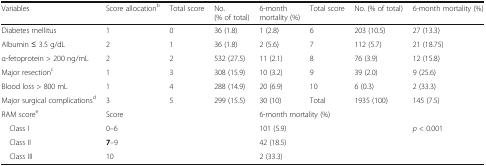
<table><thead><tr><td><b>Variables</b></td><td><b>Score allocation<sup>b</sup></b></td><td><b>Total score</b></td><td><b>No. (% of total)</b></td><td><b>6-month mortality (%)</b></td><td><b>Total score</b></td><td><b>No. (% of total)</b></td><td><b>6-month mortality (%)</b></td></tr></thead><tbody><tr><td>Diabetes mellitus</td><td>1</td><td>0</td><td>36 (1.8)</td><td>1 (2.8)</td><td>6</td><td>203 (10.5)</td><td>27 (13.3)</td></tr><tr><td>Albumin ≤ 3.5 g/dL</td><td>2</td><td>1</td><td>36 (1.8)</td><td>2 (5.6)</td><td>7</td><td>112 (5.7)</td><td>21 (18.75)</td></tr><tr><td>α-fetoprotein &gt; 200 ng/mL</td><td>2</td><td>2</td><td>532 (27.5)</td><td>11 (2.1)</td><td>8</td><td>76 (3.9)</td><td>12 (15.8)</td></tr><tr><td>Major resection<sup>c</sup></td><td>1</td><td>3</td><td>308 (15.9)</td><td>10 (3.2)</td><td>9</td><td>39 (2.0)</td><td>9 (25.6)</td></tr><tr><td>Blood loss &gt; 800 mL</td><td>1</td><td>4</td><td>288 (14.9)</td><td>20 (6.9)</td><td>10</td><td>6 (0.3)</td><td>2 (33.3)</td></tr><tr><td>Major surgical complications<sup>d</sup></td><td>3</td><td>5</td><td>299 (15.5)</td><td>30 (10)</td><td>Total</td><td>1935 (100)</td><td>145 (7.5)</td></tr><tr><td>RAM score<sup>e</sup></td><td colspan="3">Score</td><td colspan="4">6-month mortality (%)</td></tr><tr><td> Class I</td><td colspan="3">0–6</td><td colspan="3">101 (5.9)</td><td rowspan="3"><i>p</i> &lt; 0.001</td></tr><tr><td> Class II</td><td colspan="3"><b>7</b>–9</td><td colspan="3">42 (18.5)</td></tr><tr><td> Class III</td><td colspan="3">10</td><td colspan="3">2 (33.3)</td></tr></tbody></table>